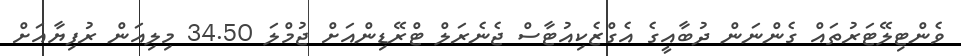
ވެންޓިލޭޓަރުތައް ގެންނަން ދުބާއީގެ އެގްޒެކިއުޓާސް ޖެނެރަލް ޓްރޭޑިންއަށް ޖުމްލަ 34.50 މިލިއަން ރުފިޔާއަށް